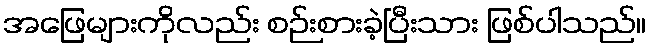
အဖြေများကိုလည်း စဉ်းစားခဲ့ပြီးသား ဖြစ်ပါသည်။